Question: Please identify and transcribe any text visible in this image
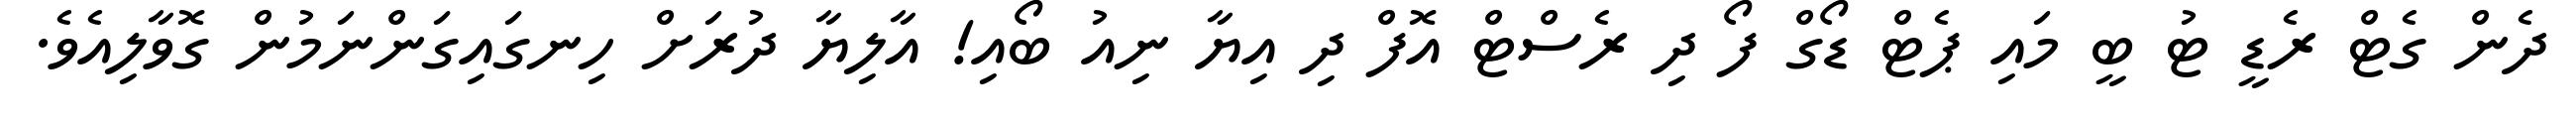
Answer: ދެން ގެޓް ރެޑީ ޓު ބީ މައި ޕެޓް ޑޯގް ފޯ ދި ރެސްޓް އޮފް ދި އިޔާ ނިއު ބޯއި! އާލިޔާ ދުރަށް ހިނގައިގަންނަމުން ގޮވާލިއެވެ.